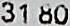
31.80